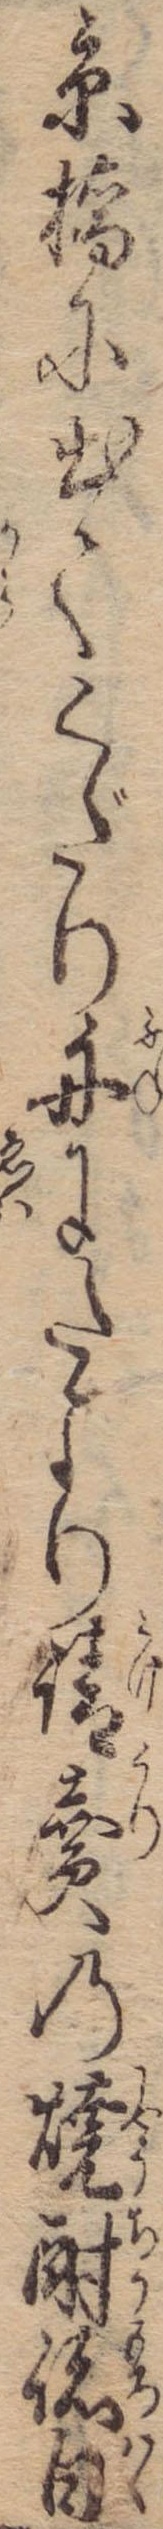
京橋に出てくだり舟にたより請売の焼酎諸白